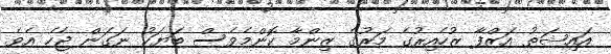
އައިޝަތު އަޒްފާ ޒުހެއިރުގެ މަރުގެ ޒިންމާ ކޮންމެވެސް ބަޔަކު ނަގަން ޖެހެ އެވެ.